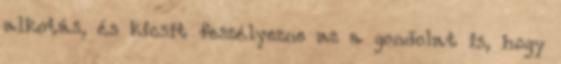
alkotás, és kicsit feszélyezne az a gondolat is, hogy